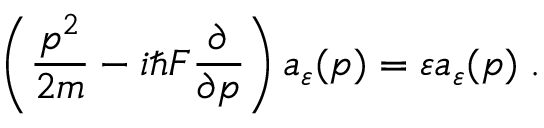
\left( \frac { p ^ { 2 } } { 2 m } - i \hbar F \frac { \partial } { \partial p } \right) a _ { \varepsilon } ( p ) = \varepsilon a _ { \varepsilon } ( p ) \; .